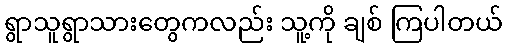
ရွာသူရွာသားတွေကလည်း သူ့ကို ချစ် ကြပါတယ်